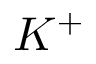
K ^ { + }